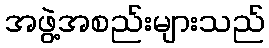
အဖွဲ့အစည်းများသည်